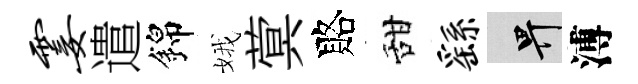
霎遣錦娥蓂賂甜繇畀溥